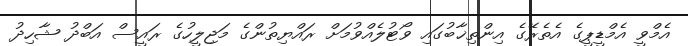
އެމްވީ އެމްޑީޕީގެ އެތެރޭގެ އިންތިޚާބުގައި ވޯޓުލެއްވުމަށް ރައްޔިތުންގެ މަޖިލީހުގެ ރައީސް އަބްދު ޝާހިދު